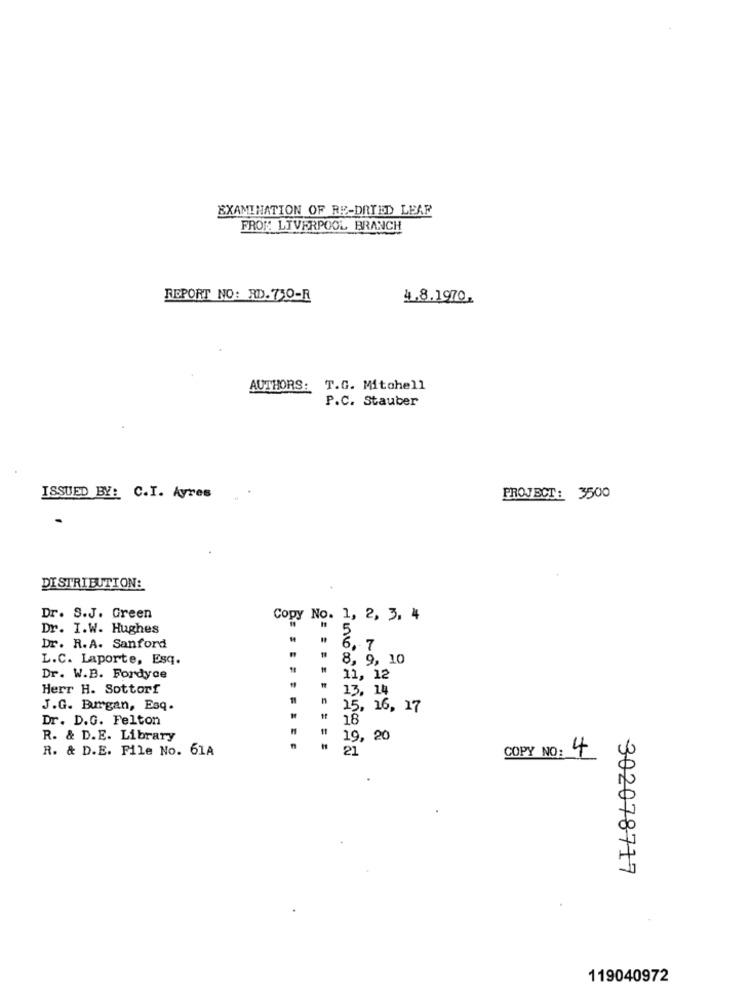
EXAMINATION OF RE-DRIED LEAR
FROM LIVERPOOL BRANCH
REPORT NO: RD. 750-R
4.8.1970.
AUTHORS: T.G. Mitchell
P.C. Stauber
ISSUED BY: C.I. Ayres
PROJECT: 3500
DISTRIBUTION:
Dr. S.J. Green
Copy No. 1, 2, 3, 4
Dr. I.W. Hughes
5
Dr. R.A. Sanford
6.7
L.C. Laporte, Esq.
8, 9, 10
Dr. W.B. Fordyce
11, 12
Herr H. Sottorf
13, 14
J.G. Burgan, Esq.
25, 16,17
Dr. D.G. Felton
18
R. & D.E. Library
19, 20
R. & D.E. File No. 61A
21
COPY NO: 4
302078717
119040972